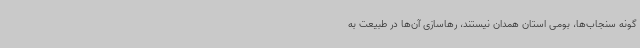
گونه سنجاب‌ها، بومی استان همدان نیستند، رهاسازی آن‌ها در طبیعت به